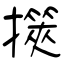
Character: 擌